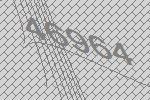
46964